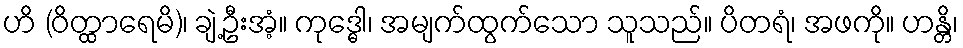
ဟိ (ဝိတ္ထာရေမိ)၊ ချဲ့ဦးအံ့။ ကုဒ္ဓေါ၊ အမျက်ထွက်သော သူသည်။ ပိတရံ၊ အဖကို။ ဟန္တိ၊